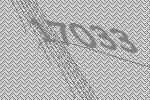
17033